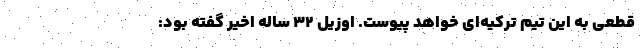
قطعی به این تیم ترکیه‌ای خواهد پیوست. اوزیل 32 ساله اخیر گفته بود: